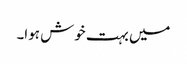
میں بہت خوش ہوا۔